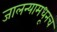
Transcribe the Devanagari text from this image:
जालन्यामधूनच